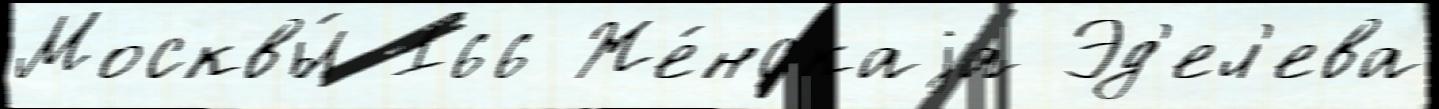
Москвы́ 166 Же́нскаjа Эд'ел'ева